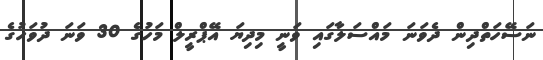
ނަސޭހަތްދިން ދެވަނަ މައްސަލާގައި ވަނީ މިދިޔަ އޭޕްރީލް މަހުގެ 30 ވަނަ ދުވަހުގެ